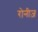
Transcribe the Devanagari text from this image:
रोनीज़